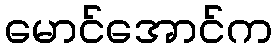
မောင်အောင်က